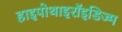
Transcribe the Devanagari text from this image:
हाइपोथाइरॉइडिज्म